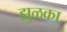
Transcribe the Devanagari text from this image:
झुळका